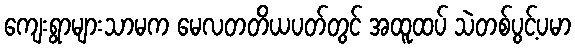
ကျေးရွာများသာမက မေလတတိယပတ်တွင် အထူထပ် သဲတစ်ပွင့်ပမာ